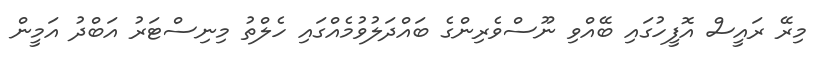
މިރޭ ރައީސް އޮފީހުގައި ބޭއްވި ނޫސްވެރިންގެ ބައްދަލުވުމެއްގައި ހެލްތު މިނިސްޓަރު އަބްދު އަމީން